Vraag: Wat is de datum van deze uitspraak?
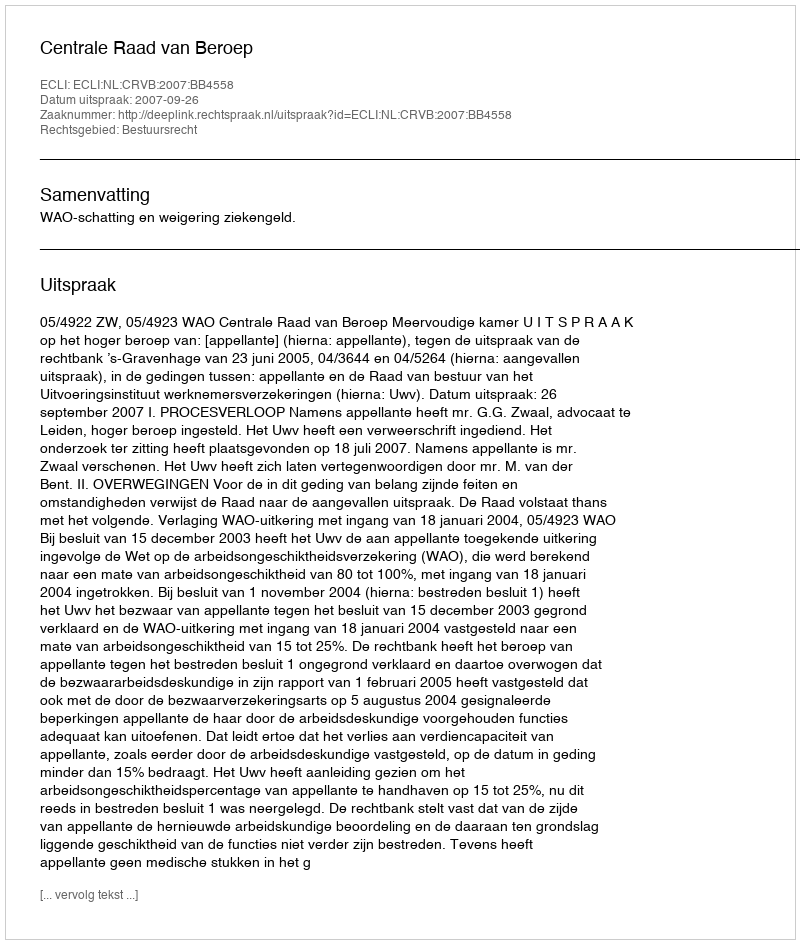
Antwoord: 2007-09-26